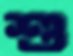
শু